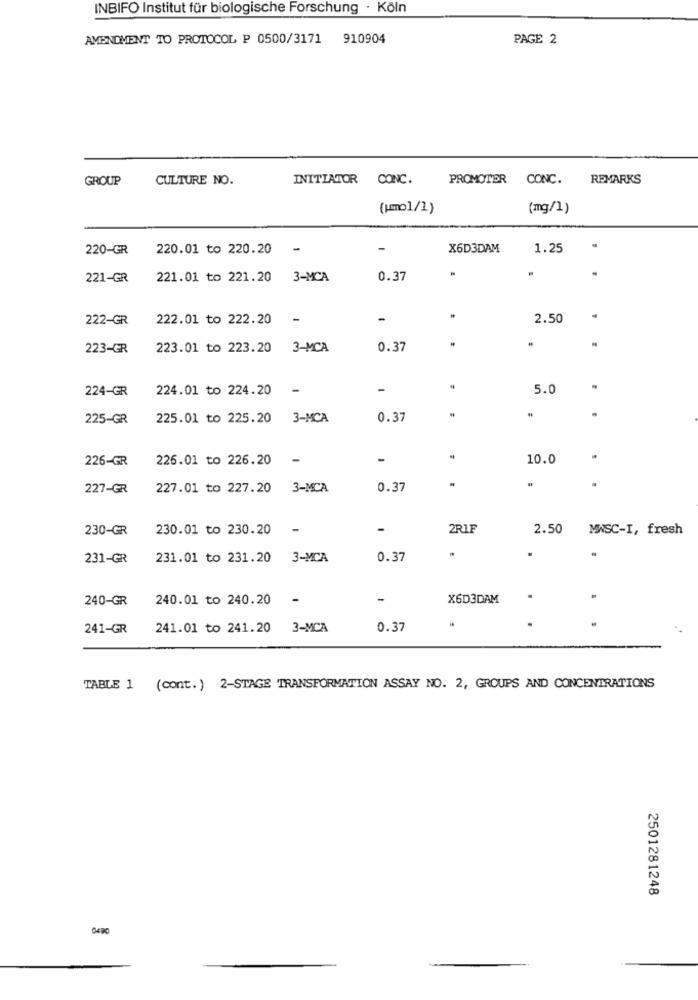
INBIFO Institut für biologische Forschung · Köln
AMENDMENT TO PROTOCOL P 0500/3171 910904
PAGE 2
GROUP
CULTURE NO.
INITIATOR CONC.
PROMOTER CONC. REMARKS
(kmol/1)
(mg/1)
220-GR
220.01 to 220.20
-
-
X6D3DAM
1.25
221-GR
221.01 to 221.20 3-MCA
0.37
222-GR
222.01 to 222.20
2.50
223-GR
223.01 to 223.20
3-MCA
0.37
224-GR
224.01 to 224.20
5.0
225-GR
225.01 to 225.20 3-MCA
0.37
226-GR
226.01 to 226.20
-
10.0
227-GR
227.01 to 227.20 3-MCA
0.37
230-GR
230.01 to 230.20
2RIF
2.50 MWSC-I, fresh
231-GR
231.01 to 231.20 3-MCA
0.37
240-GR
240.01 to 240.20
-
-
X6D3DAM
.
.
241-GR
241.01 to 241.20 3-MCA
0.37
TABLE 1 (cont. ) 2-STAGE TRANSFORMATION ASSAY NO. 2, GROUPS AND CONCENTRATIONS
2501281248